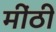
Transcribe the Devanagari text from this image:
मींठी